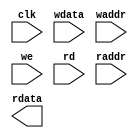
module fetch_ram_2p_128x16 ( 
    					clk     ,
    					wdata   ,
    					waddr   ,
    					we      ,
    					rd      ,
    					raddr   ,
    					rdata    
);
// *****************************************************
//                                                      
//    INPUT / OUTPUT DECLARATION                        
//                                                      
// *****************************************************
input               clk      ;  
input  [127:0]		wdata    ;  
input  [3:0]    	waddr    ;  
input   			we       ;  
input    			rd       ;  
input  [3:0]  		raddr    ;  
output [127:0]   	rdata    ;  

// *****************************************************
//                                                      
//    LOGIC   DECLARATION                        
//                                                      
// *****************************************************
`ifdef RTL_MODEL
rf_2p #(.Addr_Width(4), .Word_Width(128))	
	   rf_2p_128x16 (
				.clka    ( clk      ),  
				.cena_i  ( ~rd      ),
		        .addra_i ( raddr    ),
		        .dataa_o ( rdata    ),
				.clkb    ( clk      ),     
				.cenb_i  ( ~we      ),  
				.wenb_i  ( ~we      ),   
				.addrb_i ( waddr    ),
				.datab_i ( wdata    )
);
`endif 

`ifdef FPGA_MODEL
ram_2p_128x16 u_ram_2p_128x16(
	      .clock     ( clk_i  )       ,
	      .wraddress ( wraddr )       ,
	      .wren      ( wren   )       ,  //high active 
	      .data      ( wrdata )       ,
	      .rdaddress ( rdaddr )       ,
	      .rden      ( rden   )       ,  //high active 
	      .q         ( rddata )       
);
`endif 

`ifdef SMIC13_MODEL

`endif

endmodule